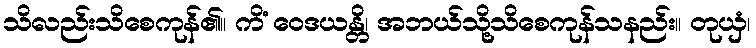
သိလည်းသိစေကုန်၏။ ကိံ ဝေဒယန္တိ၊ အဘယ်သို့သိစေကုန်သနည်း။ တုယှံ၊